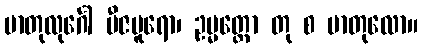
မာတုလုင်္ဂေါ ဗီဇပူရော၊ ဥမ္မတ္တော တု စ မာတုလော။